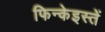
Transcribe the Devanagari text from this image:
फिन्केइस्तें